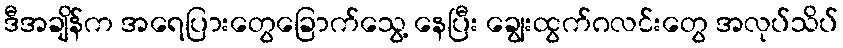
ဒီအချိန်က အရေပြားတွေခြောက်သွေ့ နေပြီး ချွေးထွက်ဂလင်းတွေ အလုပ်သိပ်